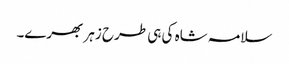
سلامہ شاہ کی ہی طرح زہر بھرے۔